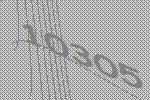
10305